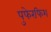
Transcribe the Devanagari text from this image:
पुफेरफिश